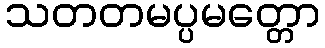
သတတမပ္ပမတ္တော